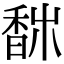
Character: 𩡀